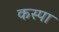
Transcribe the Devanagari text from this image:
कस्पा